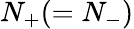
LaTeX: N_{+}(=N_{-})